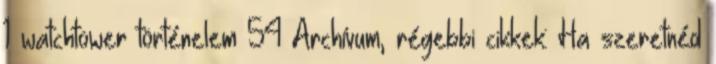
1 watchtower történelem 54 Archívum, régebbi cikkek: Ha szeretnéd